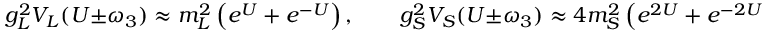
g _ { L } ^ { 2 } V _ { L } ( U \pm \omega _ { 3 } ) \approx m _ { L } ^ { 2 } \left( e ^ { U } + e ^ { - U } \right) , \qquad g _ { S } ^ { 2 } V _ { S } ( U \pm \omega _ { 3 } ) \approx 4 m _ { S } ^ { 2 } \left( e ^ { 2 U } + e ^ { - 2 U } \right) .